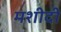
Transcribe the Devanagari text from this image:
मशीदी